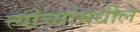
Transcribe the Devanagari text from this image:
त्यांच्यांमधील